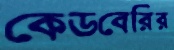
কেডবেরির